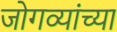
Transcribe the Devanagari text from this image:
जोगव्यांच्या